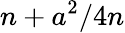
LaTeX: n+a^{2}/4n